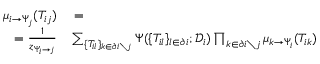
\begin{array} { r } { \begin{array} { r l } { \mu _ { i \to \Psi _ { j } } ( T _ { i j } ) } & { { } = } \\ { = \frac { 1 } { z _ { \Psi _ { i } \to j } } } & { { } \sum _ { \{ T _ { i l } \} _ { k \in \partial i \setminus j } } \Psi ( \{ T _ { i l } \} _ { l \in \partial i } ; \mathcal { D } _ { i } ) \prod _ { k \in \partial i \setminus j } \mu _ { k \to \Psi _ { i } } ( T _ { i k } ) } \end{array} } \end{array}